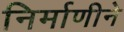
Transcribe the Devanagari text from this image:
निर्माणीने